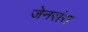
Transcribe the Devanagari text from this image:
जेनसंस